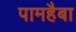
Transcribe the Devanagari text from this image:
पामहैबा